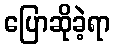
ပြောဆိုခဲ့ရာ